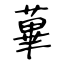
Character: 蓽